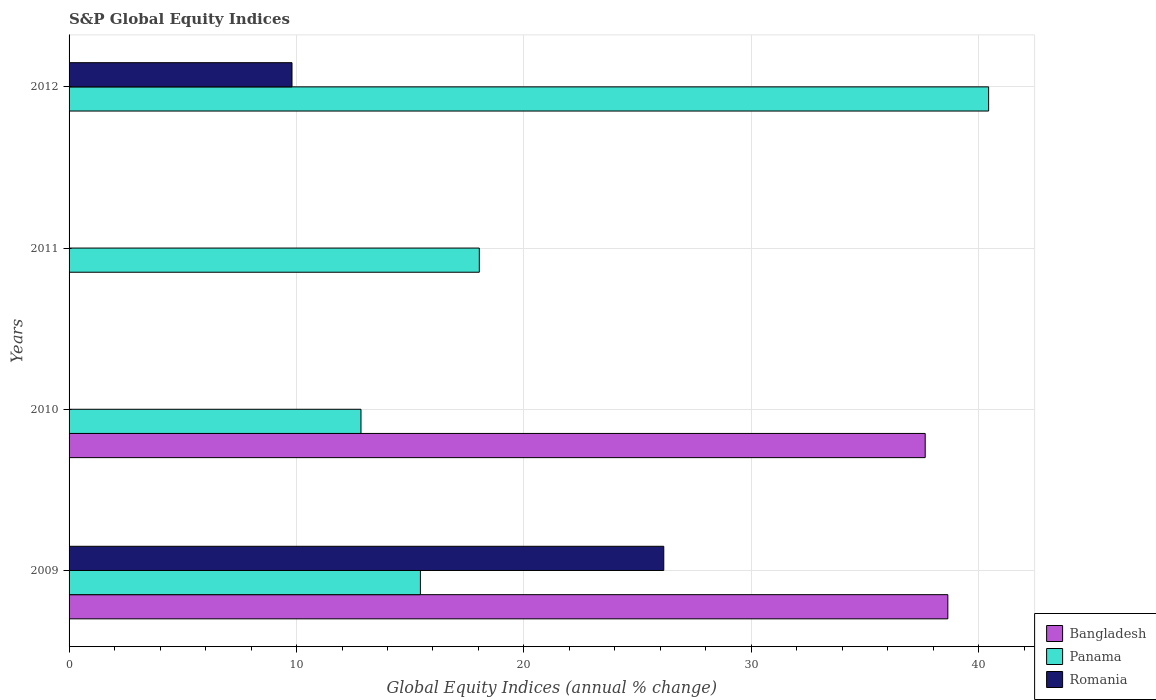
| Years | Bangladesh | Panama | Romania |
 | --- | --- | --- | --- |
 | 2009 | 38.6 | 15.4 | 26.1 |
 | 2010 | 37.6 | 12.8 | -6.58 |
 | 2011 | -42.3 | 18 | -18.2 |
 | 2012 | -14.3 | 40.4 | 9.8 |